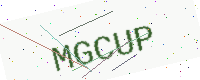
Text: MGCUP